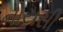
નોયસી